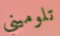
تلوميني